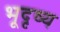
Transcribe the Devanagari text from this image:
भूदृष्य